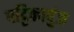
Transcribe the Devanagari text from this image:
पट्टिकापुंज